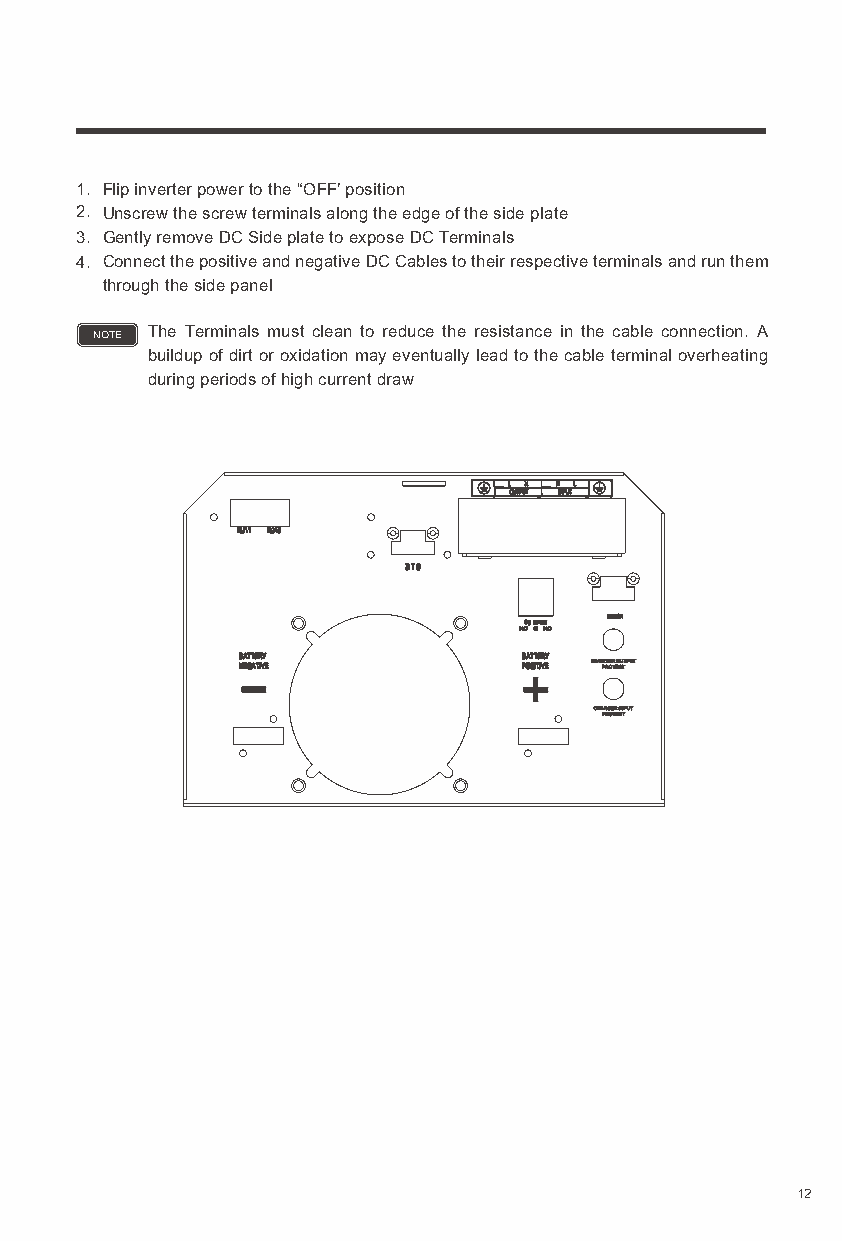
1. Flip inverter power to the “OFF’ position
 2. Unscrew the screw terminals along the edge of the side plate
 3. Gently remove DC Side plate to expose DC Terminals
 4. Connect the positive and negative DC Cables to their respective terminals and run them
 through the side panel
 NOTE The Terminals must clean to reduce the resistance in the cable connection. A
 buildup of dirt or oxidation may eventually lead to the cable terminal overheating
 during periods of high current draw
 12